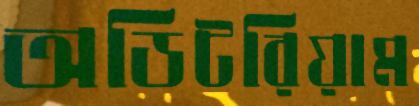
অডিটরিয়াম